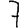
Digit: 7